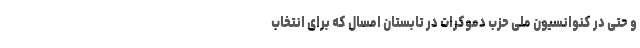
و حتی در کنوانسیون ملی حزب دموکرات در تابستان امسال که برای انتخاب